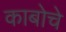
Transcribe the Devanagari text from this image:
काबोचे